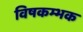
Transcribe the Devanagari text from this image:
विषकम्भक